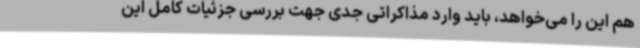
هم این را می‌خواهد، باید وارد مذاکراتی جدی جهت بررسی جزئیات کامل این